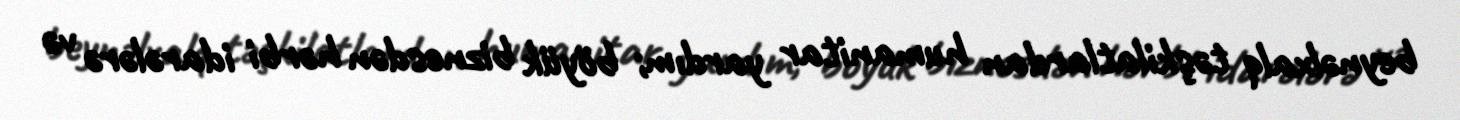
beynəlxalq təşkilatlardan humanitar yardım; böyük biznesdən hərbi idarələrə və